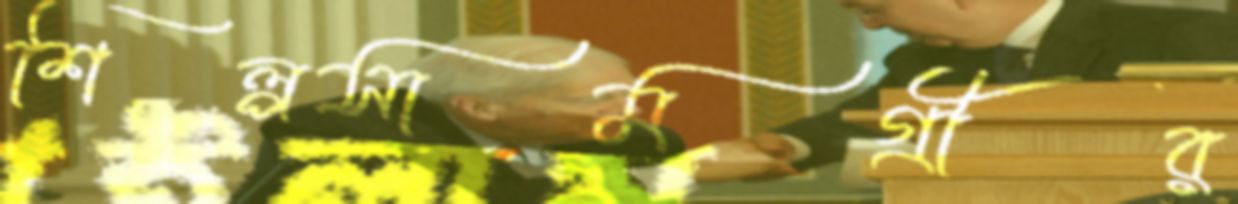
শিল্পসামগ্রীর